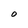
Character: O